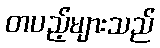
တပည့်များသည်